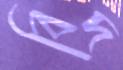
বিদ